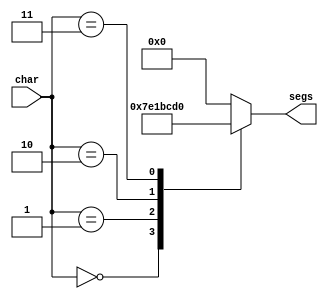
module seven_seg_7 (
    input [3:0] char,
    output reg [6:0] segs
  );
  
  
  
  always @* begin
    
    case (char)
      1'h0: begin
        segs = 7'h3f;
      end
      1'h1: begin
        segs = 7'h06;
      end
      2'h2: begin
        segs = 7'h79;
      end
      2'h3: begin
        segs = 7'h50;
      end
      default: begin
        segs = 7'h00;
      end
    endcase
  end
endmodule